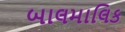
બાલમાલિક